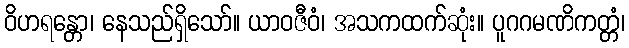
ဝိဟရန္တော၊ နေသည်ရှိသော်။ ယာဝဇီဝံ၊ အသကထက်ဆုံး။ ပူဂဂမဏိကတ္တံ၊